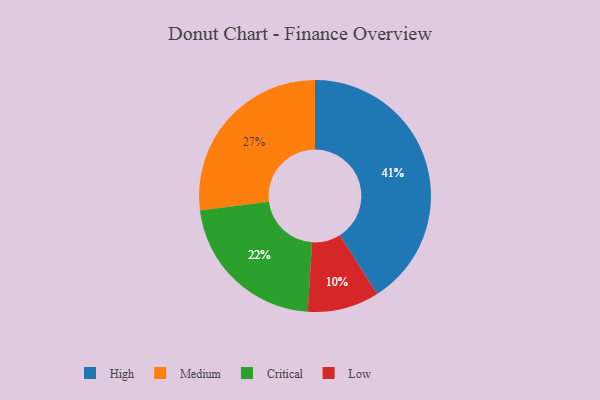
{"axis": {"x": "Category", "y": "Percentage"}, "legend": ["Critical", "High", "Low", "Medium"], "data": [{"x": "Critical", "y": 22, "type": "Critical"}, {"x": "Low", "y": 10, "type": "Low"}, {"x": "High", "y": 41, "type": "High"}, {"x": "Medium", "y": 27, "type": "Medium"}]}